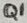
Text: Q1